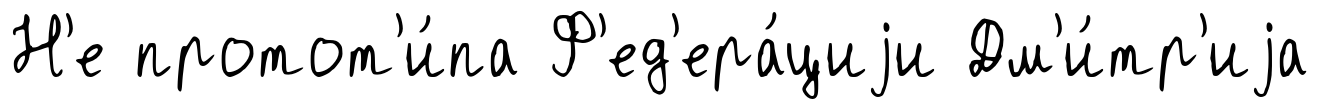
Н'е протот'и́па Ф'ед'ера́циjи Дм'и́тр'иjа